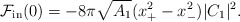
\begin{align*}{\cal F}_{\rm in}(0) = - 8 \pi \sqrt{A_1} ( x_+^2 - x_-^2) | C_1 |^2 .\end{align*}